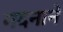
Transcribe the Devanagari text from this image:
मदनाने